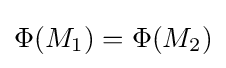
\Phi (M_{1})=\Phi (M_{2})